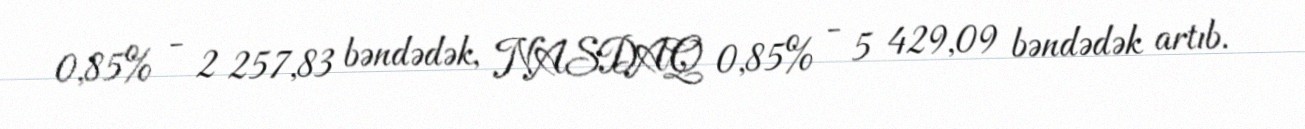
0,85% - 2 257,83 bəndədək, NASDAQ 0,85% - 5 429,09 bəndədək artıb.